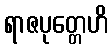
ရာဇပုတ္တေဟိ